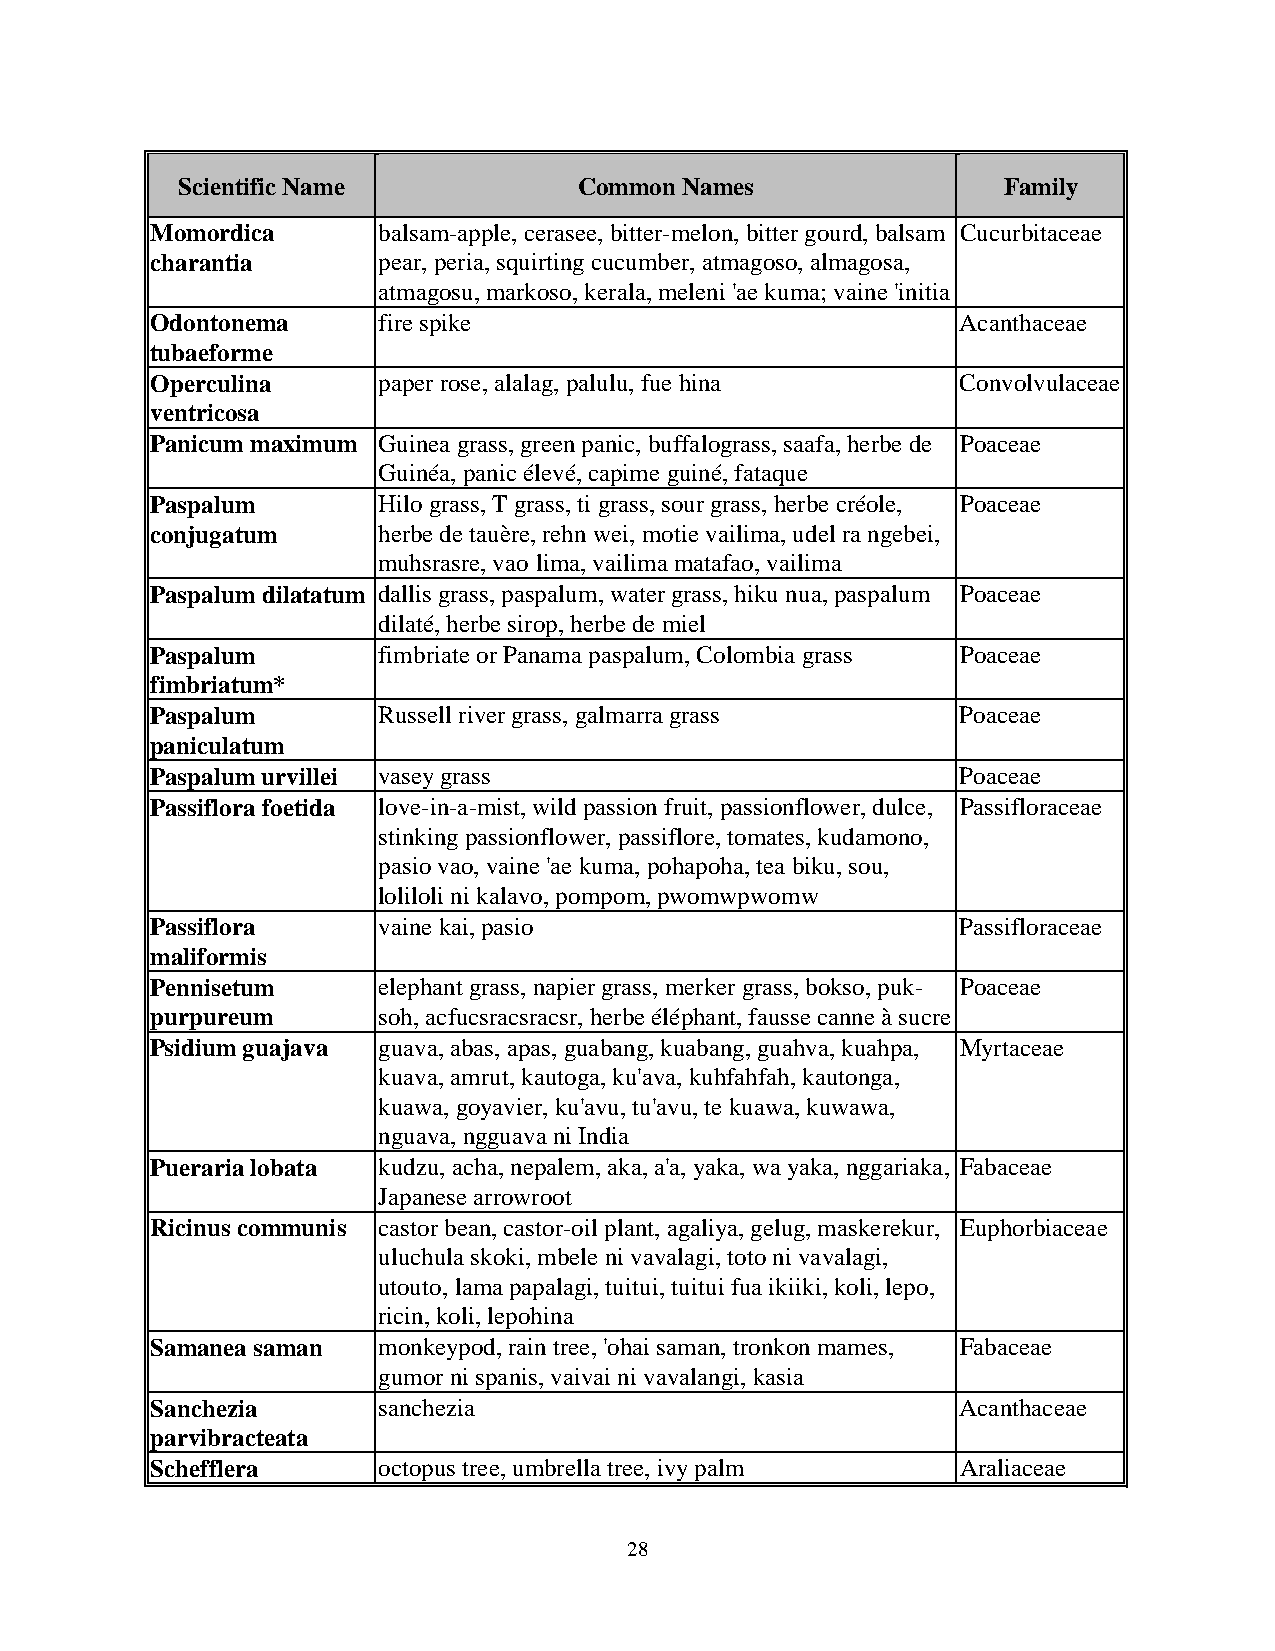
Scientific Name           Common Names                Family
 Momordica      balsam-apple, cerasee, bitter-melon, bitter gourd, balsam Cucurbitaceae
 charantia      pear, peria, squirting cucumber, atmagoso, almagosa,
 atmagosu, markoso, kerala, meleni 'ae kuma; vaine 'initia
 Odontonema     fire spike                             Acanthaceae
 tubaeforme
 Operculina     paper rose, alalag, palulu, fue hina   Convolvulaceae
 ventricosa
 Panicum maximum Guinea grass, green panic, buffalograss, saafa, herbe de Poaceae
 Guinéa, panic élevé, capime guiné, fataque
 Paspalum       Hilo grass, T grass, ti grass, sour grass, herbe créole, Poaceae
 conjugatum     herbe de tauère, rehn wei, motie vailima, udel ra ngebei,
 muhsrasre, vao lima, vailima matafao, vailima
 Paspalum dilatatum dallis grass, paspalum, water grass, hiku nua, paspalum Poaceae
 dilaté, herbe sirop, herbe de miel
 Paspalum       fimbriate or Panama paspalum, Colombia grass Poaceae
 fimbriatum*
 Paspalum       Russell river grass, galmarra grass    Poaceae
 paniculatum
 Paspalum urvillei vasey grass                         Poaceae
 Passiflora foetida love-in-a-mist, wild passion fruit, passionflower, dulce, Passifloraceae
 stinking passionflower, passiflore, tomates, kudamono,
 pasio vao, vaine 'ae kuma, pohapoha, tea biku, sou,
 loliloli ni kalavo, pompom, pwomwpwomw
 Passiflora     vaine kai, pasio                       Passifloraceae
 maliformis
 Pennisetum     elephant grass, napier grass, merker grass, bokso, puk- Poaceae
 purpureum      soh, acfucsracsracsr, herbe éléphant, fausse canne à sucre
 Psidium guajava guava, abas, apas, guabang, kuabang, guahva, kuahpa, Myrtaceae
 kuava, amrut, kautoga, ku'ava, kuhfahfah, kautonga,
 kuawa, goyavier, ku'avu, tu'avu, te kuawa, kuwawa,
 nguava, ngguava ni India
 Pueraria lobata kudzu, acha, nepalem, aka, a'a, yaka, wa yaka, nggariaka, Fabaceae
 Japanese arrowroot
 Ricinus communis castor bean, castor-oil plant, agaliya, gelug, maskerekur, Euphorbiaceae
 uluchula skoki, mbele ni vavalagi, toto ni vavalagi,
 utouto, lama papalagi, tuitui, tuitui fua ikiiki, koli, lepo,
 ricin, koli, lepohina
 Samanea saman  monkeypod, rain tree, 'ohai saman, tronkon mames, Fabaceae
 gumor ni spanis, vaivai ni vavalangi, kasia
 Sanchezia      sanchezia                              Acanthaceae
 parvibracteata
 Schefflera     octopus tree, umbrella tree, ivy palm  Araliaceae
 28